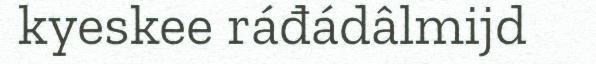
kyeskee ráđádâlmijd